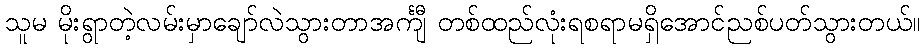
သူမ မိုးရွာတဲ့လမ်းမှာချော်လဲသွားတာအင်္ကျီ တစ်ထည်လုံးရစရာမရှိအောင်ညစ်ပတ်သွားတယ်။